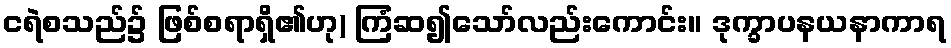
ငရဲစသည်၌ ဖြစ်စရာရှိ၏ဟု) ကြံဆ၍သော်လည်းကောင်း။ ဒုက္ခာပနယနာကာရ